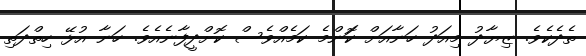
ތެދެކެވެ. ޒިޔާދު މިއަދު ހަނާއަށް ކަޮންމެ ކަމެއްވެސް ކޮށްދީފާނެއެވެ. ހަނާ އުޅޭ ހިތްދަތި